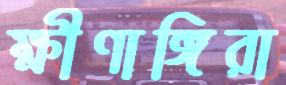
ক্ষীণাঙ্গিরা